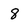
Character: 8